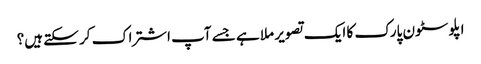
اپلوسٹون پارک کا ایک تصویر ملا ہے جسے آپ اشتراک کر سکتے ہیں؟